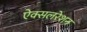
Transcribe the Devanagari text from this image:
ऐक्सलरेशन